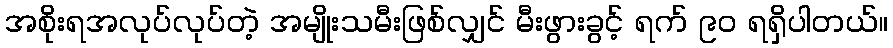
အစိုးရအလုပ်လုပ်တဲ့ အမျိုးသမီးဖြစ်လျှင် မီးဖွားခွင့် ရက် ၉၀ ရရှိပါတယ်။